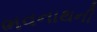
ભવનાથની